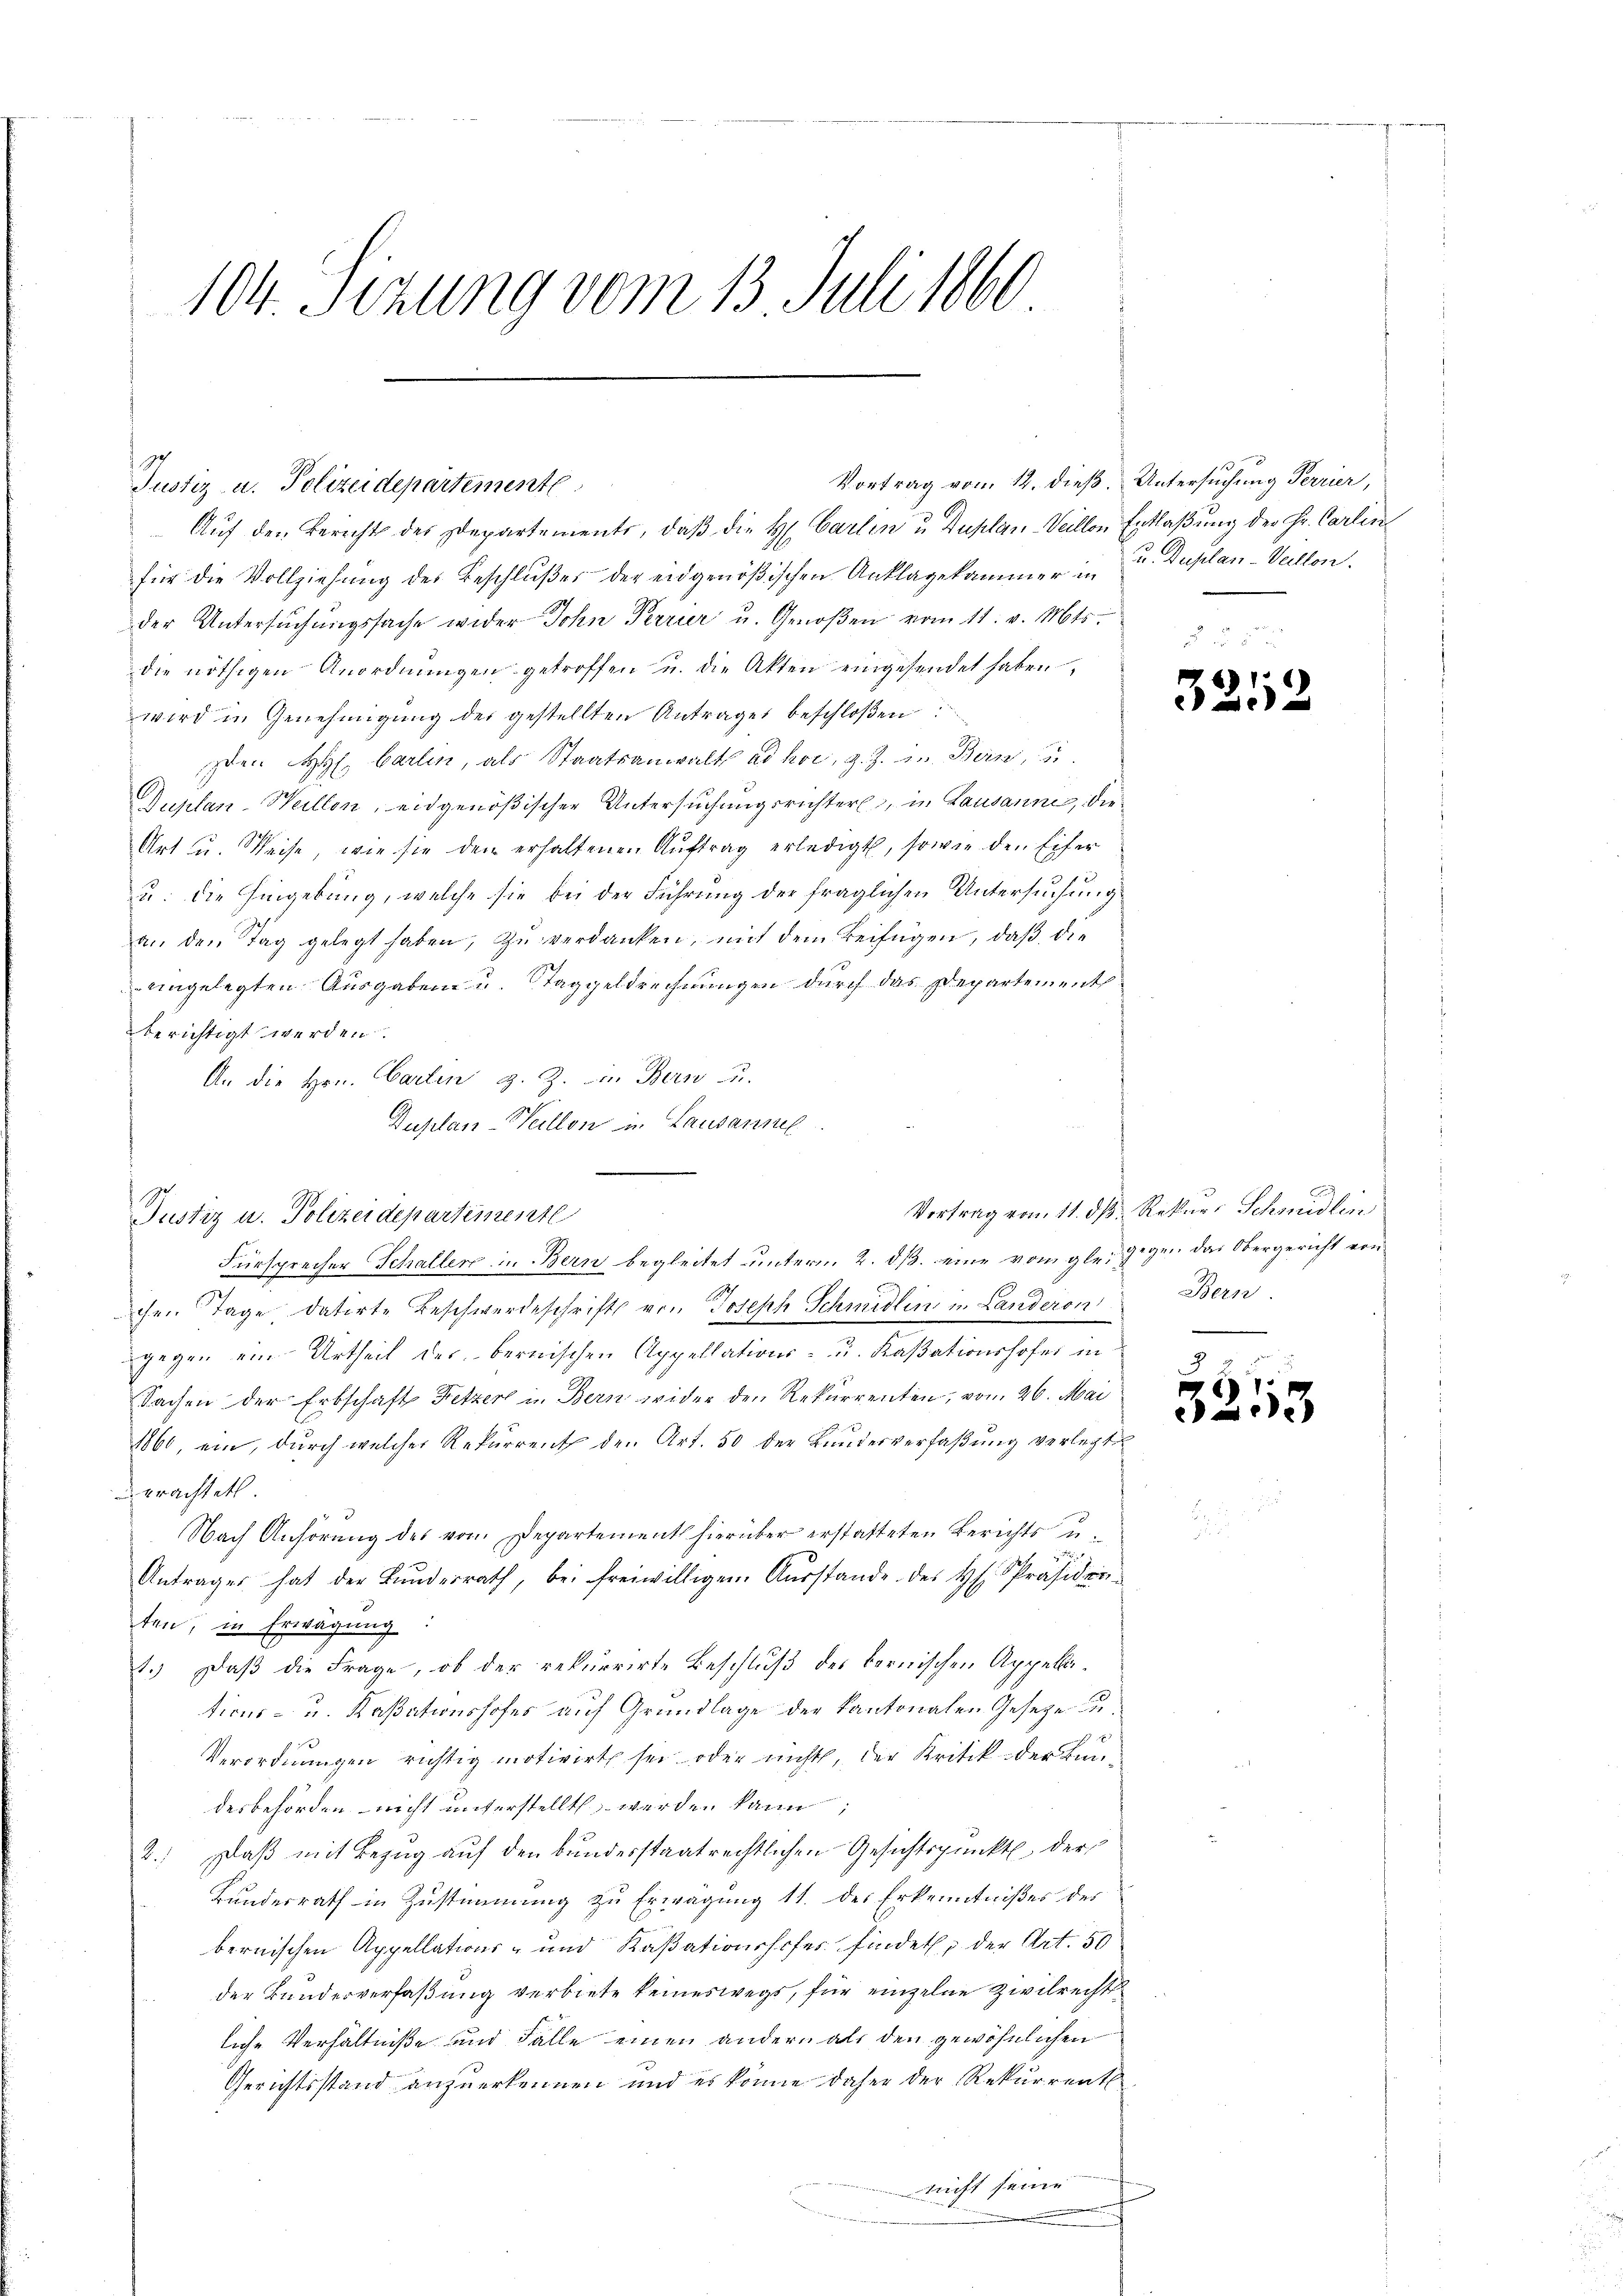
104 Sizung vom 13. Juli 1860

Auf den Bericht des Departements, daβ die H. Carlin u Duplan-Veillon Entlaßung der Hr. Carlin
für die Vollziehung des Beschlußes der eidgenößischen Anklagekammer in u. Duplan- Vellen.
der Untersuchungssache wider John Perrur u. Genoßen vom 11. v. Mts.
die nöthigen Anordnŭngen getroffen u. die Akten eingesendet haben,
wird in Genehmigung der gestellten Antrages beschloßen:
sten H. Carlin, als Staatsanwalt ad hor, z. Z. in Bern, u.
Duplan-Weillen, eidgenößischer Untersuchungsrichter, in Lausanne, die
Art u. Weise, wie sie den erhaltenen Aŭftrag erledigt, sowie den Eifer
u. die Eingebung, welche sie bei der Führung der fraglichen Untersuchung
an den Tag gelegt haben, zŭ verdanken, mit dem Beifügen, daβ die
eingelegten Ausgaben u. Taggeldrechnungen durch das Departement
berichtigt werden.
An die Hrn. Carlin, z. Z. in Bern u.
Duplan-Weillon in Lausannel
chen Tage datirte Beschwerdeschrift von Joseph Schmidlin in Landeron
gegen ein Urtheil des bernischen Appellations- u. Kaßationshofer in
Sachen der Erbschaft Fetzer in Bern wider den Rekurrenten, vom 26. Mai
1860, ein, durch welches Rekurrent den Art. 50 der Bundesverfaßung verlegte
erachtet
Nach Anhörung des vom Departement hierüber erstatteten Berichts u.
Antrages hat der Bŭndesrath, bei freiwilligen Aŭsstande des H. Präsiden-
ten, in Erwägung:
1.) Daß die Frage, ob der rekurrirte Beschluß des bernischen Appellations- u. Kassationshofes auf Grundlage der kantonalen Geseze u
Verordnungen richtig motivirt sei oder nichts, der Kritik der Bundesbehörden nicht unterstellt werden kann;
2.) Daß mit Bezug auf den bundesstaatrechtlichen Gesichtspunkt der
Kundesrath in Zustimmung zu Erwägung 11. des Erkenntnißes des
bernischen Appellations- und Kassationshofes findet, der Art. 50
der Bunderverfaßung verbiete keineswegs, für einzelne Zivilrecht
liche Verhältniße und Falle einen andern als den gewöhnlichen
Gerichtsstand anzuerkennen und es könne daher der Rekurrent
nicht seine
.

Justiz- u. Polizeidepartemente

Justiz u. Polizeidepartemente

Fürsprecher Schaller in Bern begleitet unterm 2. ds. eine vom glei gegen das Obergericht von

Vortrag vom 12. dieß. Untersuchung Perrier,

325

Vortrag vom 11. dß. Rekurs Schmidlin
Bern

3
x
5